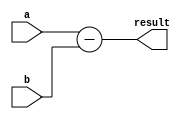
module subtractor(
    input [3:0] a,
    input [3:0] b,
    output reg [3:0] result
);

// Combinational logic for subtraction
always @ (*)
begin
    result = a - b;
end

endmodule